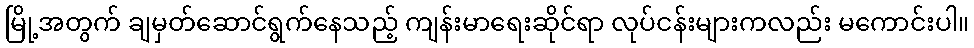
မြို့အတွက် ချမှတ်ဆောင်ရွက်နေသည့် ကျန်းမာရေးဆိုင်ရာ လုပ်ငန်းများကလည်း မကောင်းပါ။